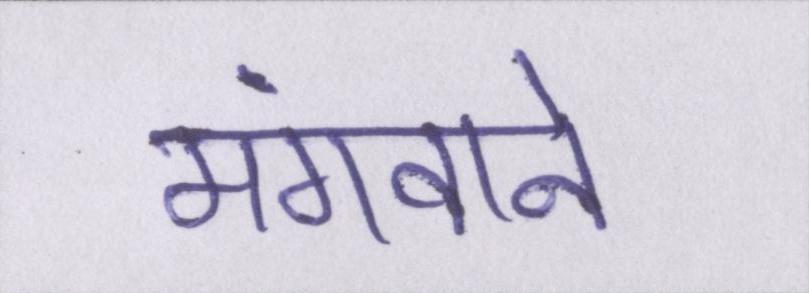
मंगवाने